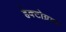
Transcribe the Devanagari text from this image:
हेक्टोग्राम